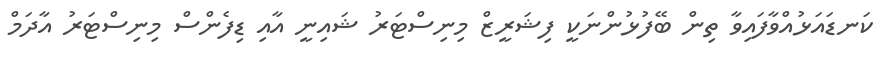
ކަނޑައަޅުއްވާފައިވާ ތިން ބޭފުޅުންނަކީ ފިޝަރީޒް މިނިސްޓަރު ޝައިނީ އާއި ޑިފެންސް މިނިސްޓަރު އާދަމް